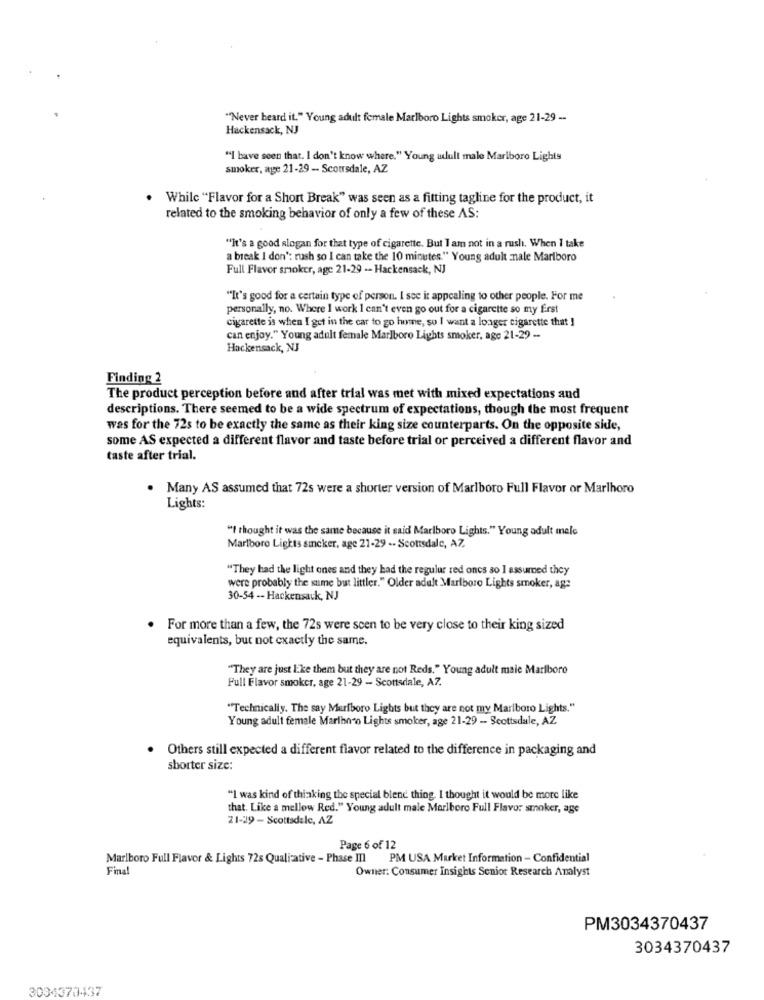
"Never heard it." Young adult female Marlboro Lights smoker, age 21-29 -.
Hackensack, NJ
"I have seen that. I don't know where." Young udlull male Marlboro Lights
smoker, age 21-29 - Scoursdale, AZ
While "Flavor for a Short Break" was seen as a fitting tagline for the product, it
related to the smoking behavior of only a few of these AS:
""It's a good slogan for that type of cigarette. But I am not in a rush. When I take
a break I don': rush so I can take the 10 minutes." Young adult male Marlboro
Full Flavor smoker, age 21-29 -- Hackensack, NJ
"It's good for a certain type of person. I see it appealing to other people. For me
personally, no. Where I work I can't even go out for a cigarette so my first
cigarette is when I get in the car to go home, so I want a longer cigarette that !
can enjoy." Young adult female Marlboro Lights smoker, age 21-29 -.
Hackensack, NJ
Finding 2
The product perception before and after trial was met with mixed expectations and
descriptions. There seemed to be a wide spectrum of expectations, though the most frequent
was for the 72s to be exactly the same as their king size counterparts. On the opposite side,
some AS expected a different flavor and taste before trial or perceived a different flavor and
taste after trial.
. Many AS assumed that 72s were a shorter version of Marlboro Full Flavor or Marlhoro
Lights:
"I thought it was the same because it said Marlboro Lights." Young adult male
Marlboro Lights sicker, age 21-29 -- Scottsdale, A7.
"They had the light ones and they had the regular red oncs so I assumed they
were probably the same but littler." Older adult Marlboro Lights smoker, ag:
30-54 -- Hackensack, NJ
For more than a few, the 72s were scen to be very close to their king sized
equivalents, but not exactly the same.
"They are just like them but they are not Reds." Young adult male Marlboro
Full Flavor smoker, age 21-29 - Scottsdale, A7.
"Technically. The say Marlboro Lights but they are not my Marlboro Lights."
Young adult female Marihno Lights smoker, age 21-29 - Scottsdale, AZ
Others still expected a different flavor related to the difference in packaging and
shorter size:
"I was kind of thinking the special blend thing, I thought it would be more like
that. Like a mellow Red." Young adult male Marlboro Full Flavor smoker, age
21-29 - Scottsdale, AZ
Page 6 of 12
Marlboro Full Flavor & Lights 72s Qualitative - Phase III PM USA Market Information - Confidential
Final
Owner: Consumer Insights Senior Research Analyst
PM3034370437
3034370437
3034373437